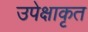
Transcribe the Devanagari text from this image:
उपेक्षाकृत